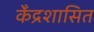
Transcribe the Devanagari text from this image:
केँद्रशासित